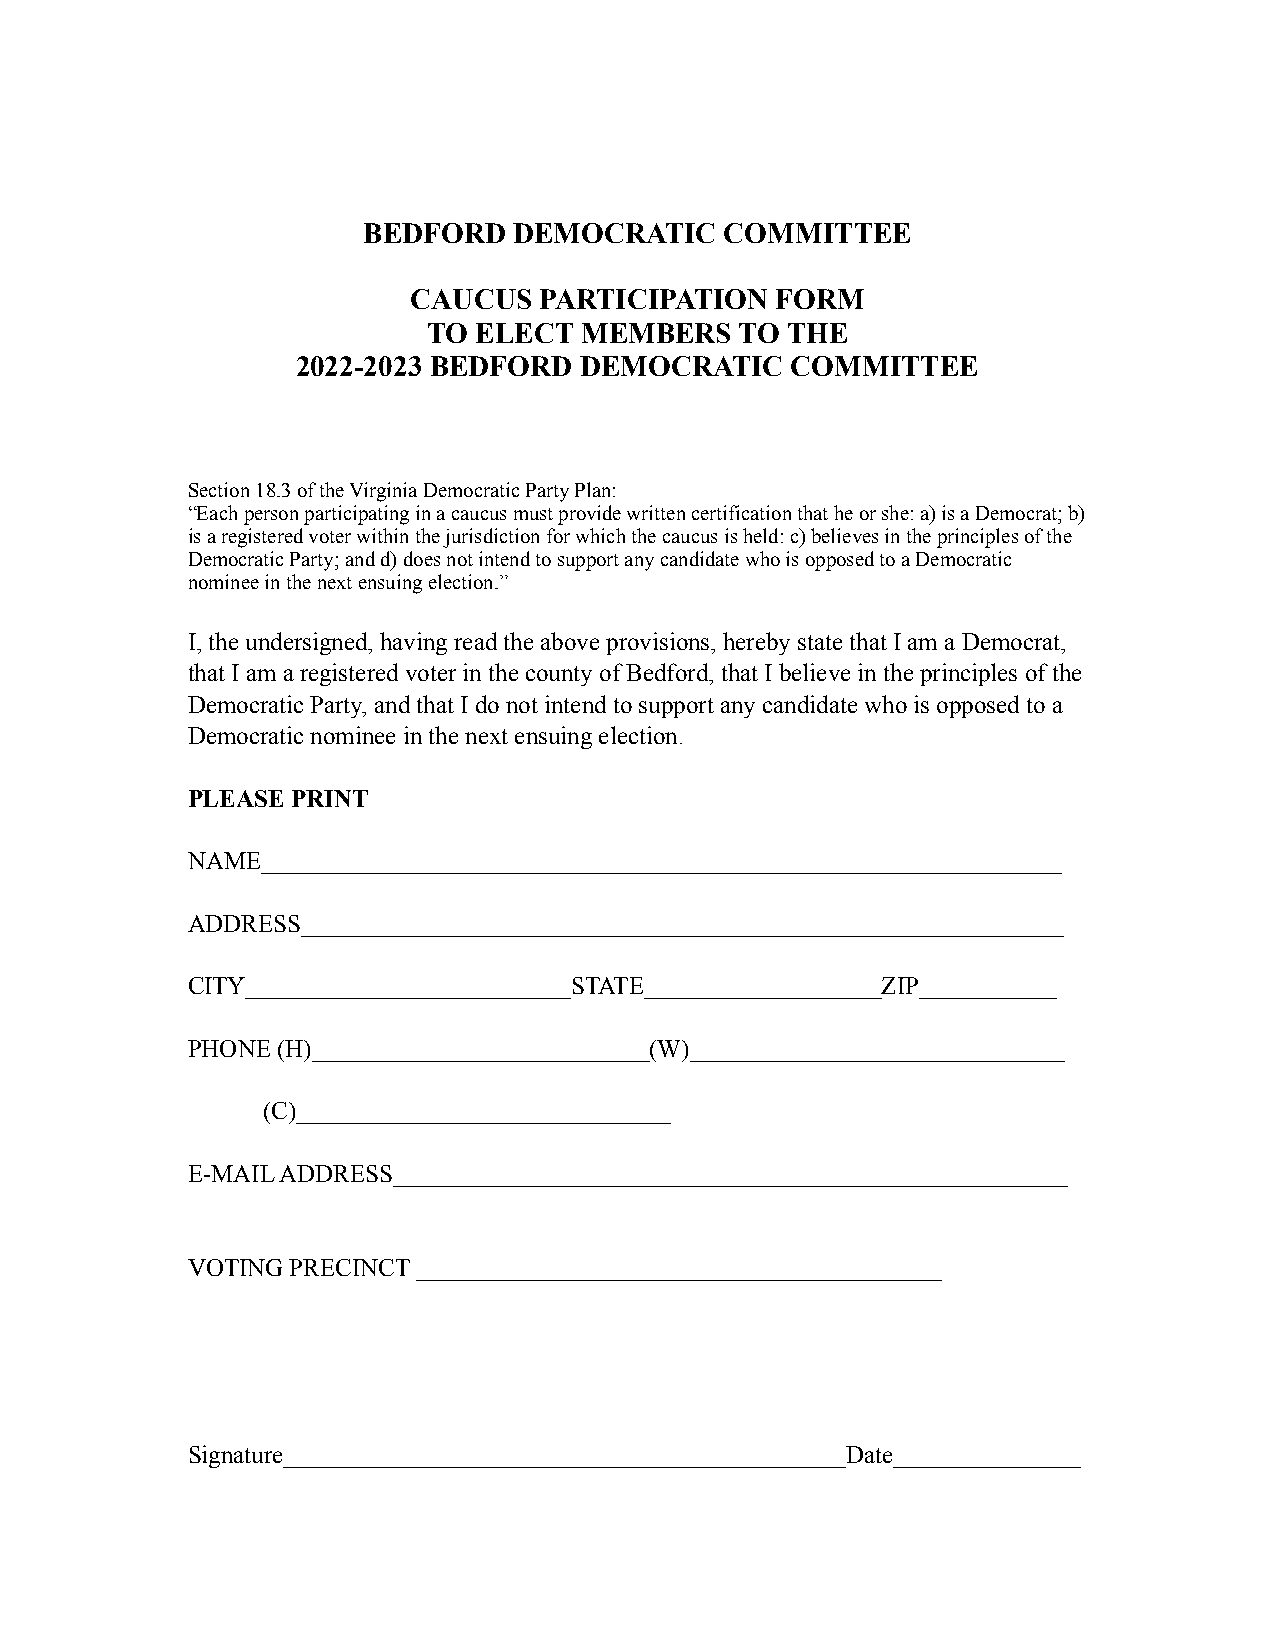
BEDFORD   DEMOCRATIC    COMMITTEE
 CAUCUS   PARTICIPATION  FORM
 TO ELECT  MEMBERS    TO THE
 2022-2023 BEDFORD DEMOCRATIC    COMMITTEE
 Section 18.3 of the Virginia Democratic Party Plan:
 “Each person participating in a caucus must provide written certification that he or she: a) is a Democrat; b)
 is a registered voter within the jurisdiction for which the caucus is held: c) believes in the principles of the
 Democratic Party; and d) does not intend to support any candidate who is opposed to a Democratic
 nominee in the next ensuing election.”
 I, the undersigned, having read the above provisions, hereby state that I am a Democrat,
 that I am a registered voter in the county of Bedford, that I believe in the principles of the
 Democratic Party, and that I do not intend to support any candidate who is opposed to a
 Democratic nominee in the next ensuing election.
 PLEASE PRINT
 NAME________________________________________________________________
 ADDRESS_____________________________________________________________
 CITY__________________________STATE___________________ZIP___________
 PHONE (H)___________________________(W)______________________________
 (C)______________________________
 E-MAIL ADDRESS______________________________________________________
 VOTING PRECINCT __________________________________________
 Signature_____________________________________________Date_______________